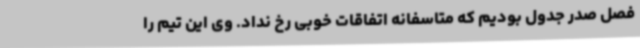
فصل صدر جدول بودیم که متاسفانه اتفاقات خوبی رخ نداد. وی این تیم را